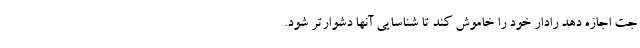
جت اجازه دهد رادار خود را خاموش کند تا شناسایی آنها دشوارتر شود.